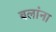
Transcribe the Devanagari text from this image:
बलांना